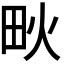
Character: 𤰹